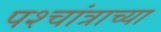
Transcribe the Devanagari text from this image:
पश्चांत्राच्या